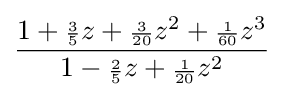
{\frac {1+{\scriptstyle {\frac {3}{5}}}z+{\scriptstyle {\frac {3}{20}}}z^{2}+{\scriptstyle {\frac {1}{60}}}z^{3}}{1-{\scriptstyle {\frac {2}{5}}}z+{\scriptstyle {\frac {1}{20}}}z^{2}}}